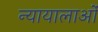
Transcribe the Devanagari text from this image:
न्यायालाओं